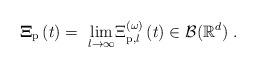
LaTeX: \begin{align*}\mathbf{\Xi }_{\mathrm{p}}\left( t\right) =\ \underset{l\rightarrow \infty }{\lim }\Xi _{\mathrm{p},l}^{(\omega )}\left( t\right) \in \mathcal{B}(\mathbb{R}^{d})\ . \end{align*}